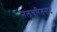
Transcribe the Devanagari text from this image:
नलचरितनाट